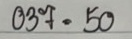
037 = 50